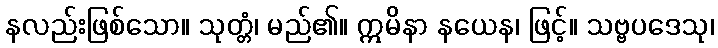
နလည်းဖြစ်သော။ သုတ္တံ၊ မည်၏။ ဣမိနာ နယေန၊ ဖြင့်။ သဗ္ဗပဒေသု၊